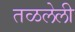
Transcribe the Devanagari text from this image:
तळलेली